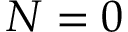
N = 0